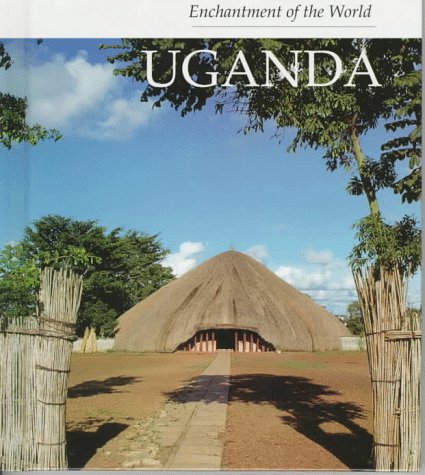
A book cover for Uganda (Enchantment of the World); Ettagle Blauer; Travel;